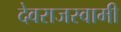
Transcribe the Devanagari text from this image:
देवराजस्वामी